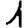
Digit: 1